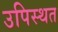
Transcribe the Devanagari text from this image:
उपिस्थत